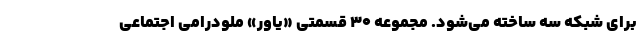
برای شبکه سه ساخته می‌شود. مجموعه ۳۰ قسمتی «یاور» ملودرامی اجتماعی